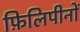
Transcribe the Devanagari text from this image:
फ़िलिपीनों